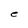
Character: e